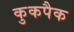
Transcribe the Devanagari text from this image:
कुकपैक